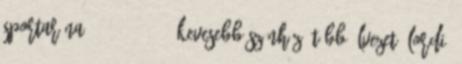
Sportaréna, 2018. 11. 20. Kevesebb színház, több élvezet: Lordi,